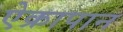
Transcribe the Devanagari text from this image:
ऐक्रापान